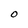
Character: O